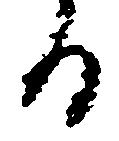
る